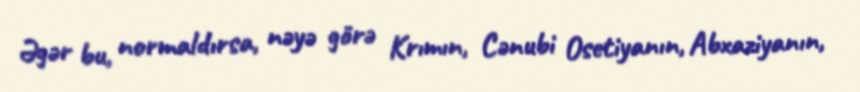
Əgər bu, normaldırsa, nəyə görə Krımın, Cənubi Osetiyanın, Abxaziyanın,